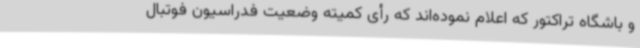
و باشگاه تراکتور که اعلام نموده‌اند که رأی کمیته وضعیت فدراسیون فوتبال